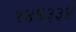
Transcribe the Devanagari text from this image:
१४४३३४